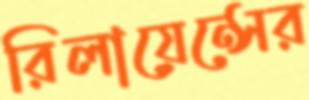
রিলায়েন্সের